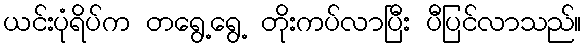
ယင်းပုံရိပ်က တရွေ့ရွေ့ တိုးကပ်လာပြီး ပီပြင်လာသည်။